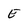
Character: E